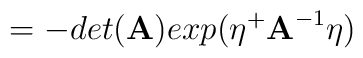
= - det(\mbox{\bf A}) exp(\eta^+\mbox{\bf A}^{-1}\eta)